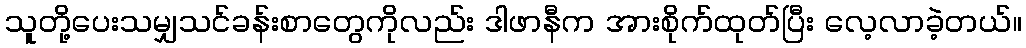
သူတို့ပေးသမျှသင်ခန်းစာတွေကိုလည်း ဒါဖာနီက အားစိုက်ထုတ်ပြီး လေ့လာခဲ့တယ်။